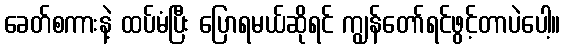
ခေတ်စကားနဲ့ ထပ်မံပြီး ပြောရမယ်ဆိုရင် ကျွန်တော်ရင်ဖွင့်တာပဲပေါ့။